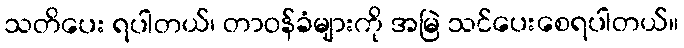
သတိပေး ရပါတယ်၊ တာဝန်ခံများကို အမြဲ သင်ပေးစေရပါတယ်။